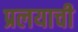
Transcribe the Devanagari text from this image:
प्रलयाची